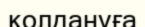
қолдануға